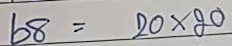
68 = 20 x 20